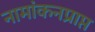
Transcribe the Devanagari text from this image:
नामांकनप्राप्त